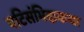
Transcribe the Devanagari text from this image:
पटिसंभिदाकथा